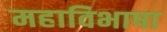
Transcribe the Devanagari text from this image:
महाविभाषा